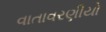
વાતાવરણીયો